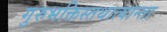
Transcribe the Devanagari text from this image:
गुरुभक्तिस्तथात्यान्ता